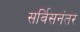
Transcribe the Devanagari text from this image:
सर्विसनंतर